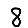
Digit: 8